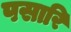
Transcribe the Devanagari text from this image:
पसारि